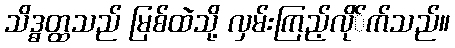
သိဒ္ဓတ္ထသည် မြစ်ထဲသို့ လှမ်းကြည့်လို်က်သည်။